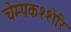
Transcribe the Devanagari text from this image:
चेम्पकश्शेरि